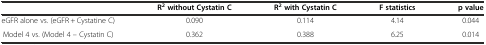
<table><thead><tr><td></td><td><b>R<sup>2</sup>without Cystatin C</b></td><td><b>R<sup>2</sup>with Cystatin C</b></td><td><b>F statistics</b></td><td><b>p value</b></td></tr></thead><tbody><tr><td>eGFR alone vs. (eGFR + Cystatine C)</td><td>0.090</td><td>0.114</td><td>4.14</td><td>0.044</td></tr><tr><td>Model 4 vs. (Model 4 – Cystatin C)</td><td>0.362</td><td>0.388</td><td>6.25</td><td>0.014</td></tr></tbody></table>